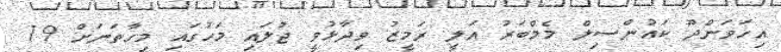
އިހަވަންދޫ ކައުންސިލް މެމްބަރު އަލީ ރަމީޒު ވިދާޅުވީ ޖުލައި މަހުގައި މިހާތަނަށް 19